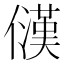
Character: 𪝳